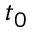
t _ { 0 }